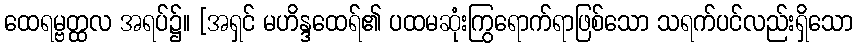
ထေရမ္ဗတ္ထလ အရပ်၌။ [အရှင် မဟိန္ဒထေရ်၏ ပထမဆုံးကြွရောက်ရာဖြစ်သော သရက်ပင်လည်းရှိသော